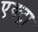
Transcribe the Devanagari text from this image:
एक्ट्रा